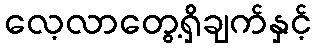
လေ့လာတွေ့ရှိချက်နှင့်